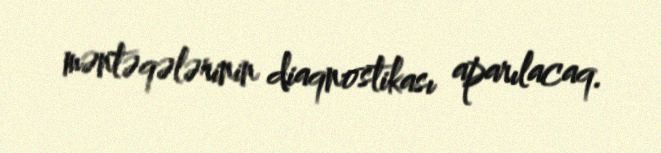
məntəqələrinin diaqnostikası aparılacaq.